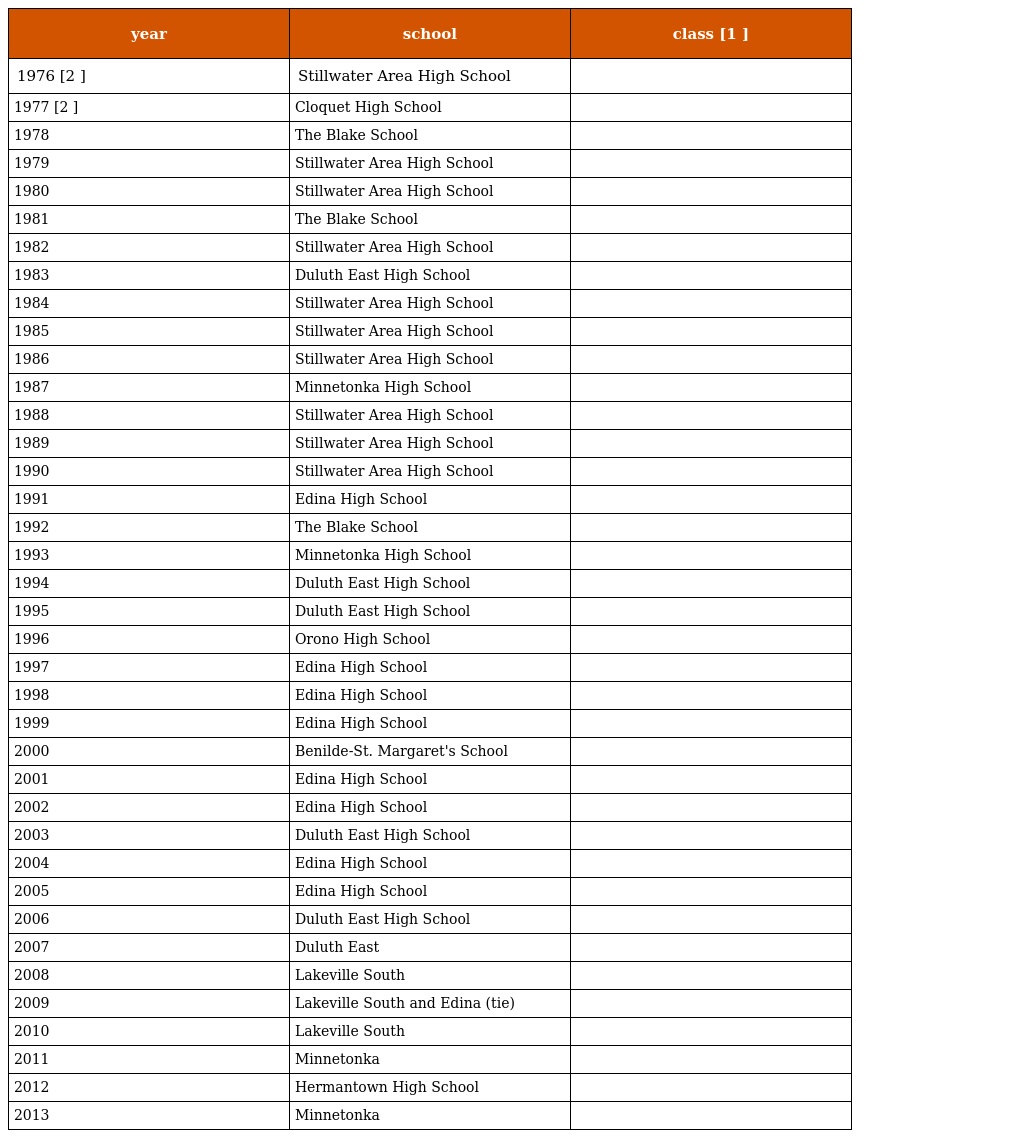
| year | school | class [1 ] |
 | --- | --- | --- |
 | 1976 [2 ] | Stillwater Area High School |  |
 | 1977 [2 ] | Cloquet High School |  |
 | 1978 | The Blake School |  |
 | 1979 | Stillwater Area High School |  |
 | 1980 | Stillwater Area High School |  |
 | 1981 | The Blake School |  |
 | 1982 | Stillwater Area High School |  |
 | 1983 | Duluth East High School |  |
 | 1984 | Stillwater Area High School |  |
 | 1985 | Stillwater Area High School |  |
 | 1986 | Stillwater Area High School |  |
 | 1987 | Minnetonka High School |  |
 | 1988 | Stillwater Area High School |  |
 | 1989 | Stillwater Area High School |  |
 | 1990 | Stillwater Area High School |  |
 | 1991 | Edina High School |  |
 | 1992 | The Blake School |  |
 | 1993 | Minnetonka High School |  |
 | 1994 | Duluth East High School |  |
 | 1995 | Duluth East High School |  |
 | 1996 | Orono High School |  |
 | 1997 | Edina High School |  |
 | 1998 | Edina High School |  |
 | 1999 | Edina High School |  |
 | 2000 | Benilde-St. Margaret's School |  |
 | 2001 | Edina High School |  |
 | 2002 | Edina High School |  |
 | 2003 | Duluth East High School |  |
 | 2004 | Edina High School |  |
 | 2005 | Edina High School |  |
 | 2006 | Duluth East High School |  |
 | 2007 | Duluth East |  |
 | 2008 | Lakeville South |  |
 | 2009 | Lakeville South and Edina (tie) |  |
 | 2010 | Lakeville South |  |
 | 2011 | Minnetonka |  |
 | 2012 | Hermantown High School |  |
 | 2013 | Minnetonka |  |